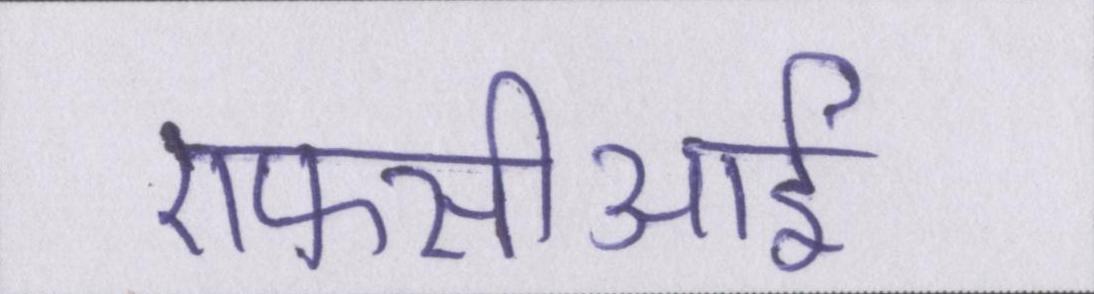
एफसीआई